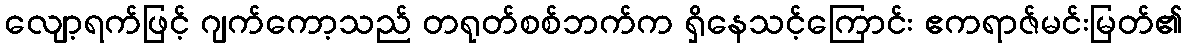
လျော့ရက်ဖြင့် ဂျက်ကော့သည် တရုတ်စစ်ဘက်က ရှိနေသင့်ကြောင်း ဧကရာဇ်မင်းမြတ်၏